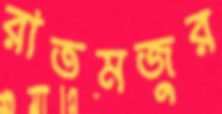
রাতমজুর